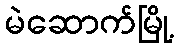
မဲဆောက်မြို့